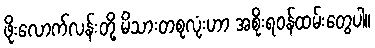
ဖိုးလောက်လန်းတို့ မိသားတစုလုံးဟာ အစိုးရဝန်ထမ်းတွေပါ။